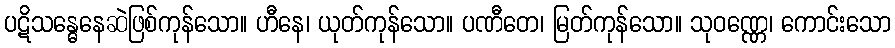
ပဋိသန္ဓေနေဆဲဖြစ်ကုန်သော။ ဟီနေ၊ ယုတ်ကုန်သော။ ပဏီတေ၊ မြတ်ကုန်သော။ သုဝဏ္ဏေ၊ ကောင်းသော